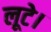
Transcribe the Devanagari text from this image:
लूटे।